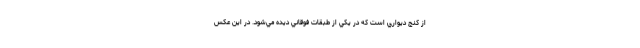
از كنج ديواري است كه در يكي از طبقات فوقاني ديده مي‌شود. در اين عكس